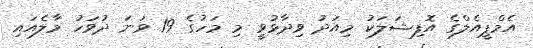
އެމްޕީއެލްގެ އޮފިޝަލަކު މިއަދު ވިދާޅުވީ މި މަހުގެ 19 ވަނަ ދުވަހު މާލެއައި